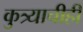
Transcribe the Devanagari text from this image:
कुत्र्याचीही